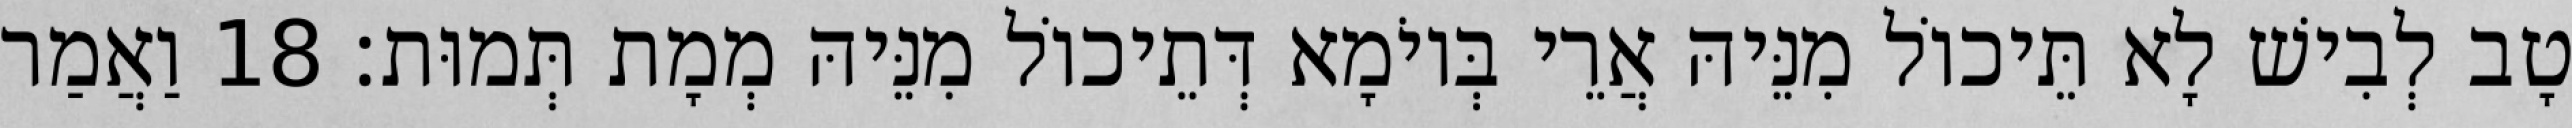
טָב לְבִישׁ לָא תֵּיכוֹל מִנֵּיהּ אֲרֵי בְּיוֹמָא דְּתֵיכוֹל מִנֵּיהּ מְמָת תְּמוּת׃ 18 וַאֲמַר